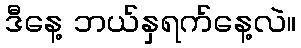
ဒီနေ့ ဘယ်နှရက်နေ့လဲ။